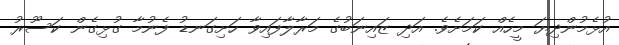
އުޅެމުންދިޔަ މީހެއް ކަމަށެވެ. އަދި ޒައިނަބުގެ މަރާލާފައިވާ ހަށިގަނޑު ފެނުމާ ގުޅިގެން ކަސޫރު